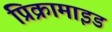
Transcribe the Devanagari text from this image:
प्रिक्रामाइड